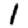
Digit: 1